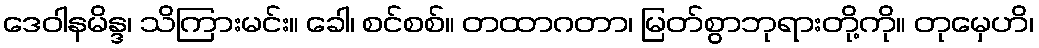
ဒေဝါနမိန္ဒ၊ သိကြားမင်း။ ခေါ၊ စင်စစ်။ တထာဂတာ၊ မြတ်စွာဘုရားတို့ကို။ တုမှေဟိ၊